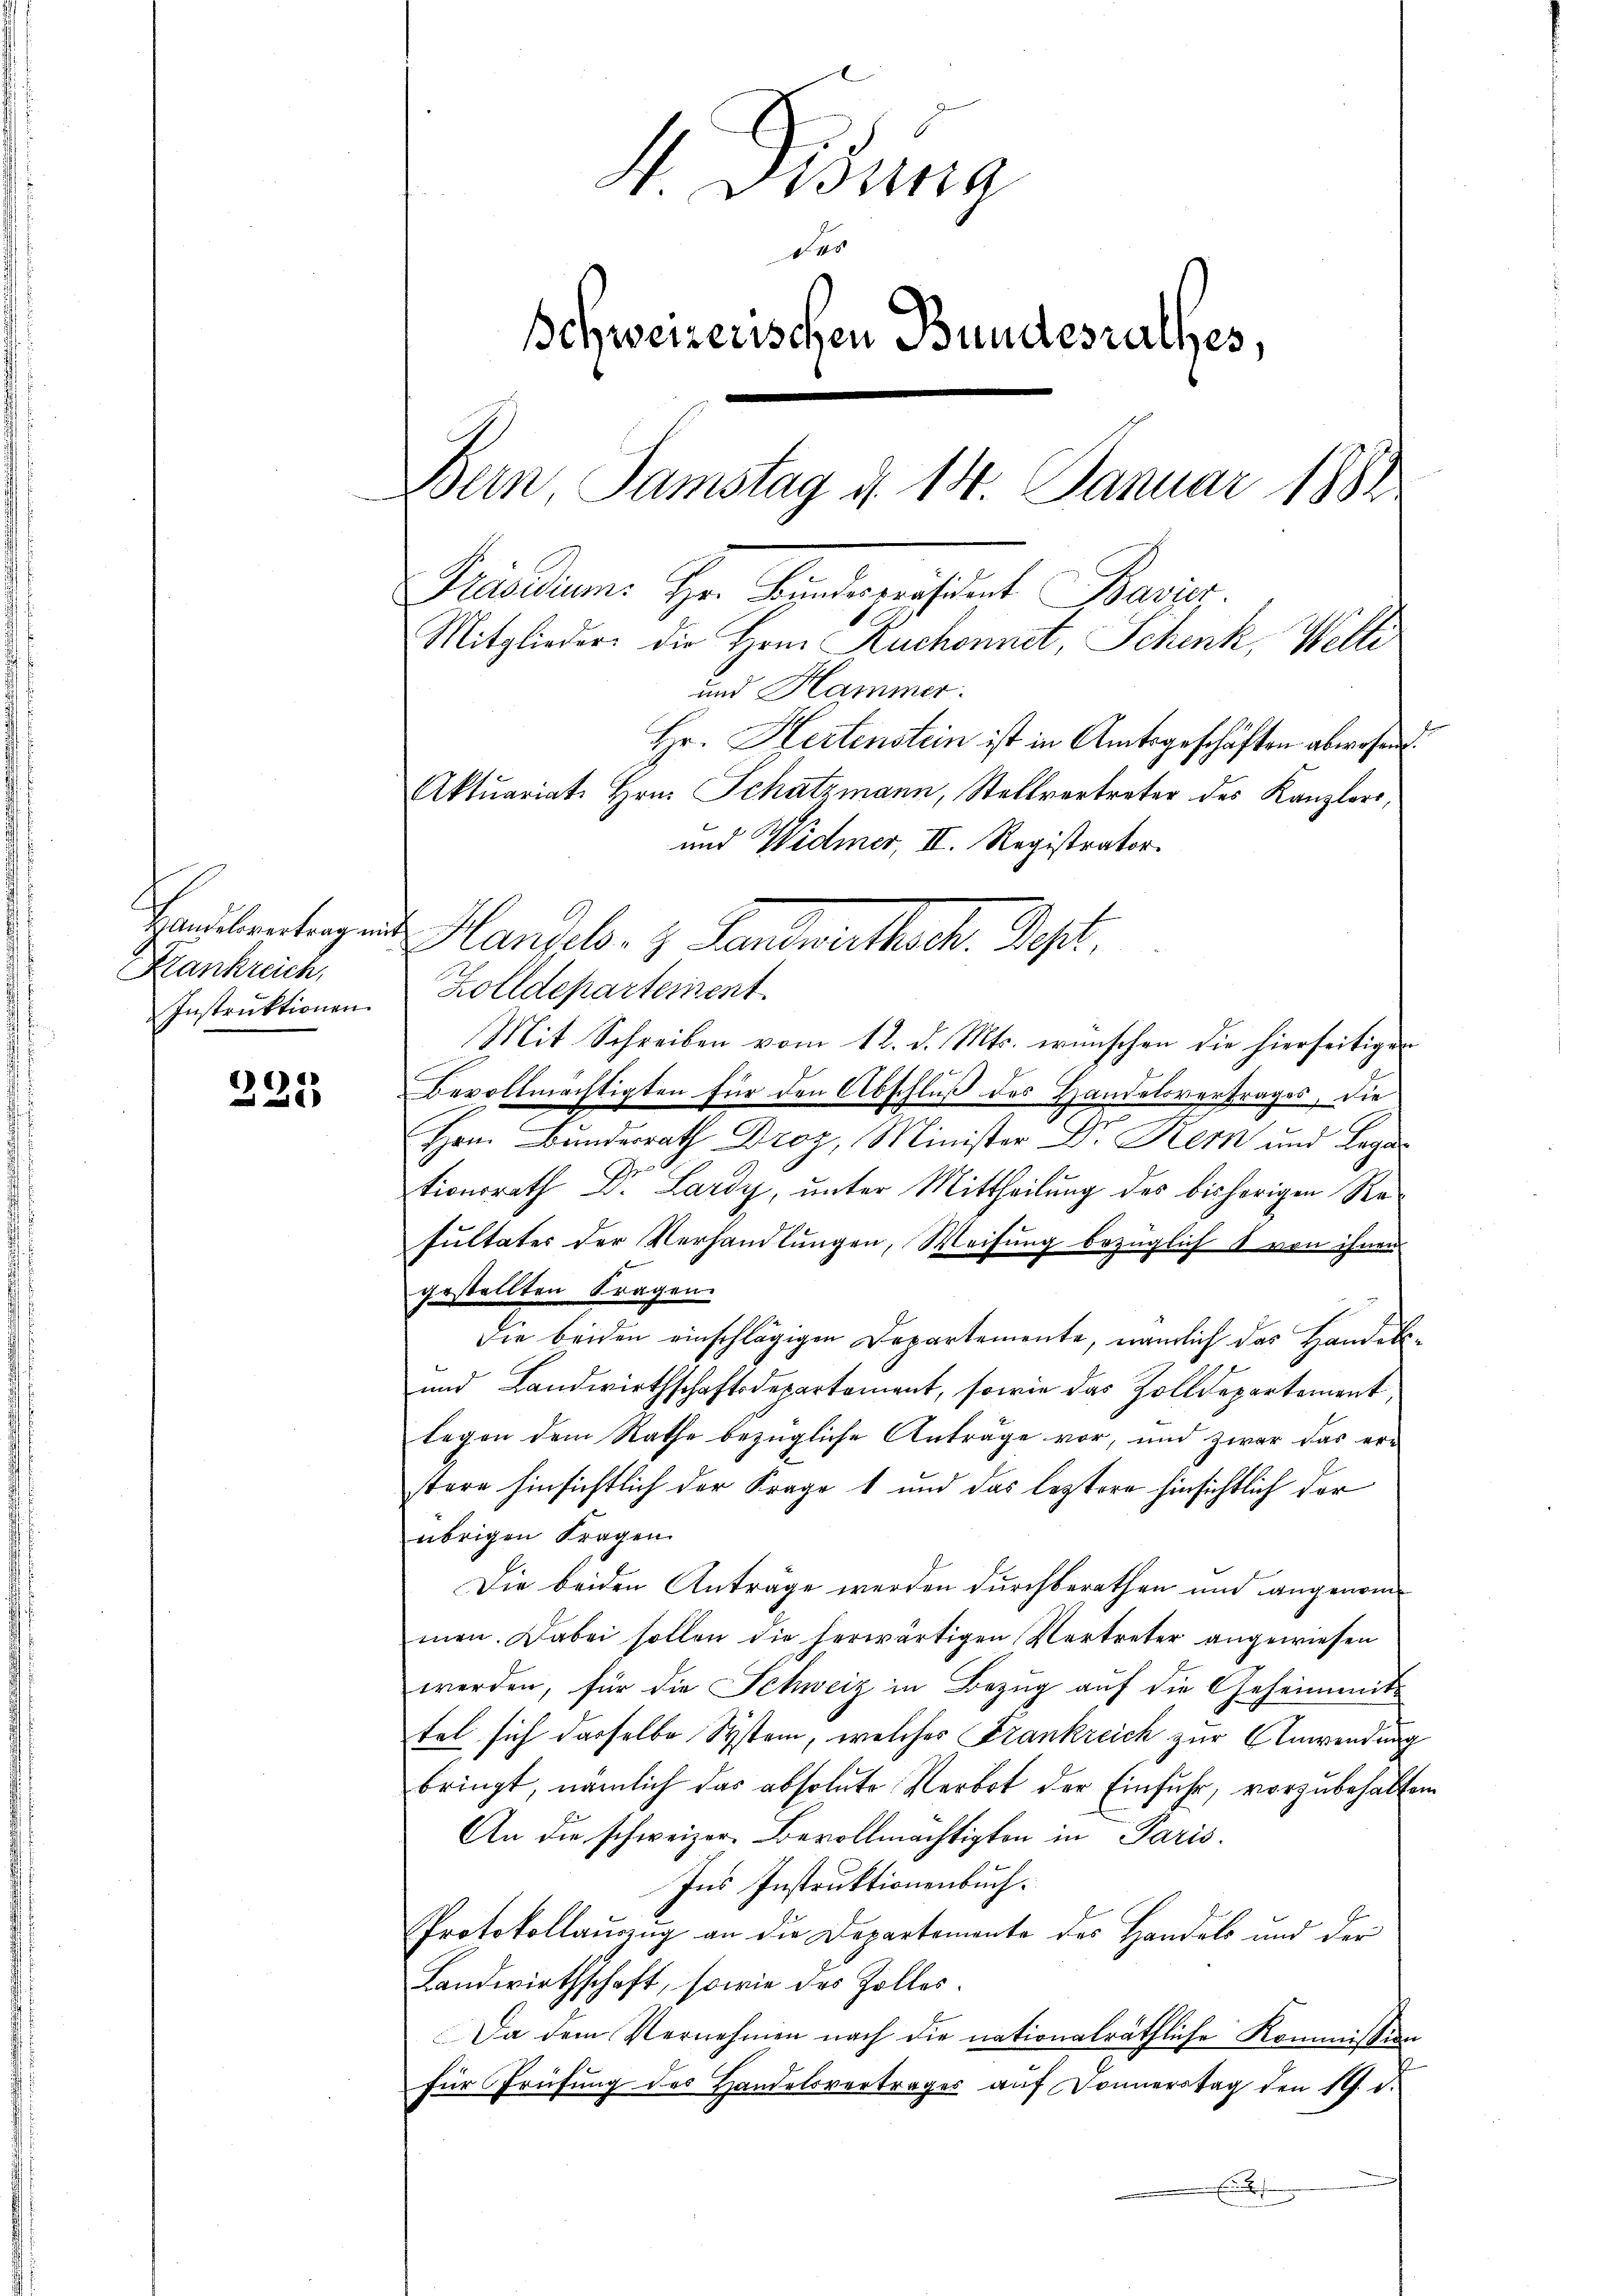
Kankreich,
Instruktionen

225

Hung
A. 40
Schweizerischen Bundesrathes,
Bein Samstag d. 14. Januar 1884
Präsidium. Hr. Bŭndespräsident Bavier
Mitglieder die Hrn. Ruchonnet, Schenk, Welti
und Hammer.
Hr. Hertenstein ist in Amtsgeschäften abwesen.
Aktuariat. Hrn. Schatzmann, Stellvertreter des Kanzlers,
und Widmer, II. Registrator.

Zolldepartement.
Mit Schreiben vom 12. d. Mts. wünschen die hierseitigen
Bevollmächtigten für den Abschluß des Handelsvertrages, die
Hrn. Bunderrath Droz, Minister Dr. Kern und Lager
tionsrath Dr. Lardy, unter Mittheilung des bisherigen Resultater der Verhandlungen, Weisung bezüglich 1 von ihnen
gestellten Fragen.
Die beiden einschlägigen Departemente, nämlich das Handels¬
und Landwirthschaftsdepartament, sowie das Zolldepartement,
legen dem Rathe bezügliche Anträge vor, und zwar das er-
stere hinsichtlich der Frage 1 und das leztere hinsichtlich der
übrigen Fragen.
Die beiden Anträge werden durchberathen und angenommen. Dabei sollen die herwärtigen Vertreter angewiesen
werden, für die Schweiz in Bezug auf die Geheimmittel sich dasselbe System, welches Frankreich zur Anwendung
bringt, nämlich das absolute Verbot der Einfuhr, vorzubehalten
An die schweizer. Bevollmächtigten in Paris.
Ins Instruktionenbuch.
Protokollauszug an die Departemente des Handels und der
Landwirthschaft, sowie des Zolles.
Da dem Vernehmen nach die nationalräthliche Kommission
für Prüfung des Handelsvertrages auf Donnerstag den fl. d.
.

Handlentragen Plandels. z. Handwirthsch. Besit